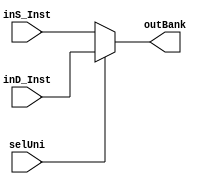
`timescale 1ns /1ps
module MuxUni_Bank(
	input [4:0] inS_Inst,inD_Inst,
	input selUni,
	output reg[4:0] outBank
);
always @(*)
begin
	if(selUni == 1) outBank=inD_Inst;//Elige la direccion de registro
	else outBank=inS_Inst;//Elige la direccion del segundo registro
end
endmodule